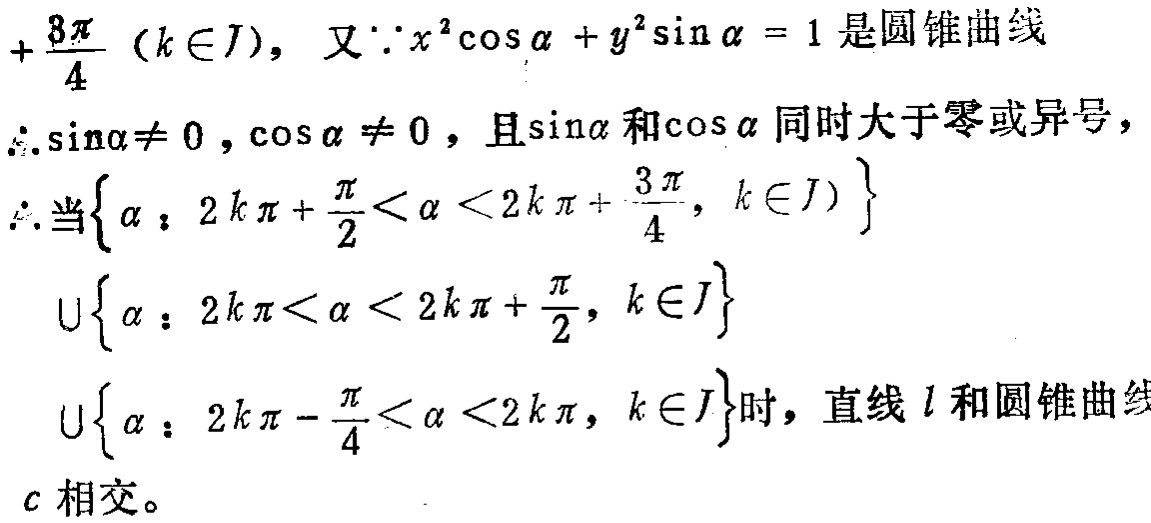
\[
+\frac{3\pi}{4}\ (k\in J),\ 又\because x^{2}\cos\alpha + y^{2}\sin\alpha = 1\ 是圆锥曲线\\
\therefore\sin\alpha\neq 0,\cos\alpha\neq 0，且\sin\alpha\ 和\cos\alpha\ 同时大于零或异号，\\
\therefore当\left\{\alpha:2k\pi+\frac{\pi}{2}<\alpha<2k\pi+\frac{3\pi}{4},k\in J\right\}\\
\cup\left\{\alpha:2k\pi<\alpha<2k\pi+\frac{\pi}{2},k\in J\right\}\\
\cup\left\{\alpha:2k\pi - \frac{\pi}{4}<\alpha<2k\pi,k\in J\right\}时，直线\ l\ 和圆锥曲线\\
c\ 相交。
\]